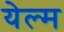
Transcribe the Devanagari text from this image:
येल्म